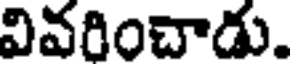
వివరించాడు.